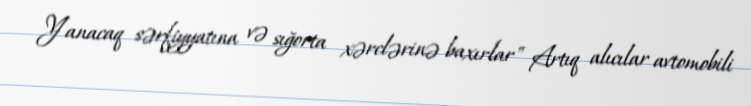
Yanacaq sərfiyyatına və sığorta xərclərinə baxırlar" Artıq alıcılar avtomobili